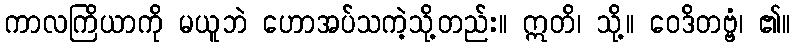
ကာလကြိယာကို မယူဘဲ ဟောအပ်သကဲ့သို့တည်း။ ဣတိ၊ သို့။ ဝေဒိတဗ္ဗံ၊ ၏။